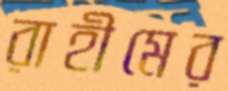
রাহীমের